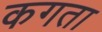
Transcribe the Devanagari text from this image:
कगता